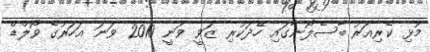
މުޅި ކެރިއަރު ބާސެލޯނާގައި ހޭދަކުރި ޒަވީ ވަނީ 2010 ވަނަ އަހަރުގެ ވޯލްޑް